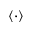
\langle \cdot \rangle